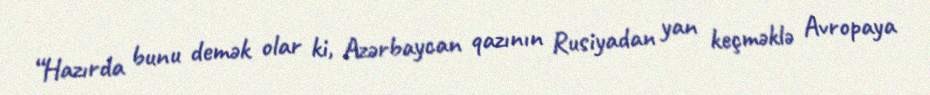
“Hazırda bunu demək olar ki, Azərbaycan qazının Rusiyadan yan keçməklə Avropaya